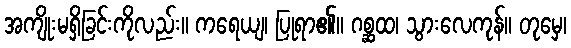
အကျိုးမရှိခြင်းကိုလည်း။ ကရေယျ၊ ပြုရာ၏။ ဂစ္ဆထ၊ သွားလေကုန်။ တုမှေ၊